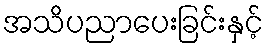
အသိပညာပေးခြင်းနှင့်